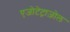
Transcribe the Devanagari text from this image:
एजोटेट्राज़ोल